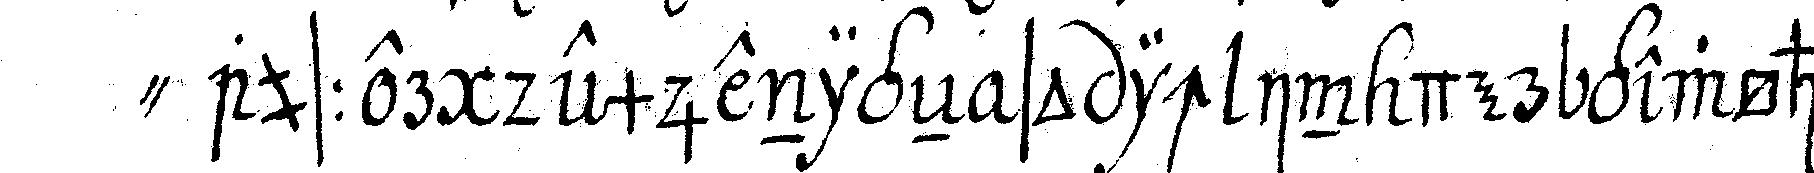
" ausser demjenigeN so ich in der gewöhnli